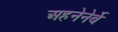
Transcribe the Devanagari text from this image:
अहनेनेर्बे